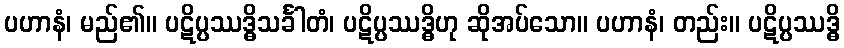
ပဟာနံ၊ မည်၏။ ပဋိပ္ပဿဒ္ဓိသင်္ခါတံ၊ ပဋိပ္ပဿဒ္ဓိဟု ဆိုအပ်သော။ ပဟာနံ၊ တည်း။ ပဋိပ္ပဿဒ္ဓိ